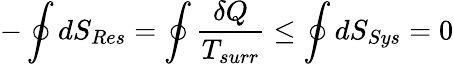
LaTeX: -\oint dS_{Res}=\oint{\frac{\delta Q}{T_{surr}}}\leq\oint dS_{Sys}=0